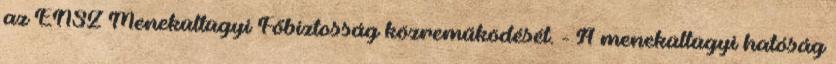
az ENSZ Menekültügyi Főbiztosság közreműködését. - A menekültügyi hatóság